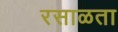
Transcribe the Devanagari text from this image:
रसाळता